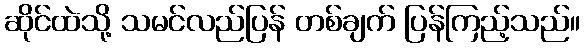
ဆိုင်ထဲသို့ သမင်လည်ပြန် တစ်ချက် ပြန်ကြည့်သည်။